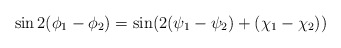
\begin{align*}\sin2(\phi_1-\phi_2)=\sin(2(\psi_1-\psi_2)+(\chi_1-\chi_2))\end{align*}